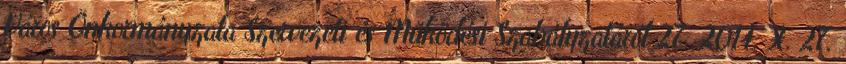
Város Önkormányzata Szervezeti és Működési Szabályzatáról 27 2014. X. 27.